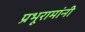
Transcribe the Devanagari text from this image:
प्रभूरामांनी